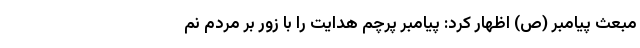
مبعث پیامبر (ص) اظهار کرد: پیامبر پرچم هدایت را با زور بر مردم نم